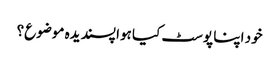
خود اپنا پوسٹ کیا ہوا پسندیدہ موضوع؟